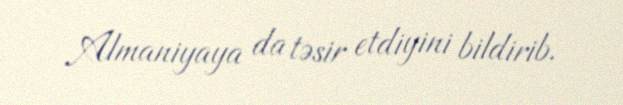
Almaniyaya da təsir etdiyini bildirib.